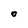
Character: O